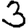
Digit: 3